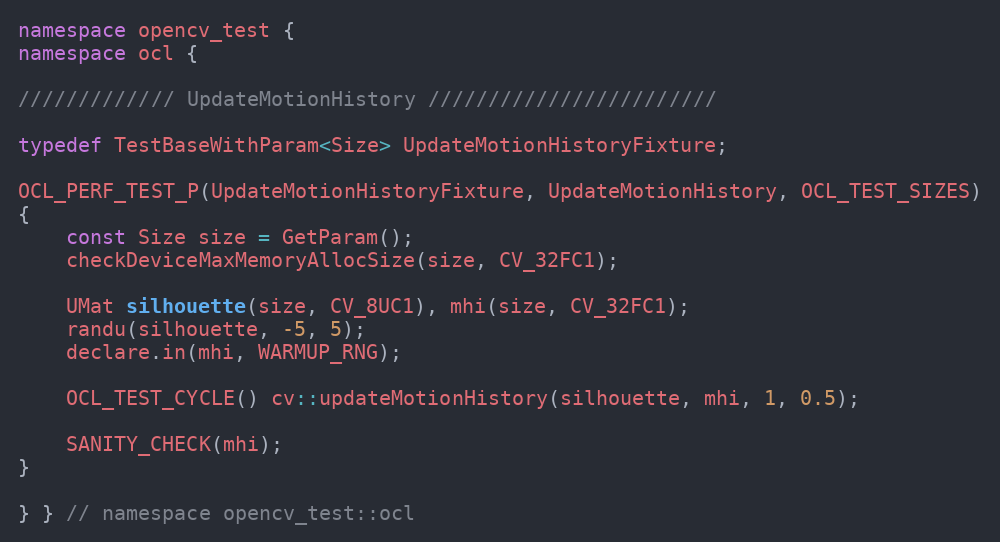
Language: C++
namespace opencv_test {
namespace ocl {

///////////// UpdateMotionHistory ////////////////////////

typedef TestBaseWithParam<Size> UpdateMotionHistoryFixture;

OCL_PERF_TEST_P(UpdateMotionHistoryFixture, UpdateMotionHistory, OCL_TEST_SIZES)
{
    const Size size = GetParam();
    checkDeviceMaxMemoryAllocSize(size, CV_32FC1);

    UMat silhouette(size, CV_8UC1), mhi(size, CV_32FC1);
    randu(silhouette, -5, 5);
    declare.in(mhi, WARMUP_RNG);

    OCL_TEST_CYCLE() cv::updateMotionHistory(silhouette, mhi, 1, 0.5);

    SANITY_CHECK(mhi);
}

} } // namespace opencv_test::ocl